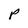
Character: P